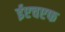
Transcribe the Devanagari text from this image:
ईएचएफ